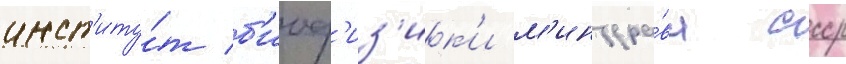
инст'иту́т б'иоф'из'ик'и м'инздра́ва ссср